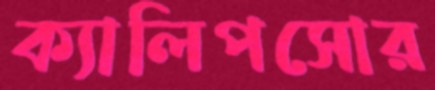
ক্যালিপসোর